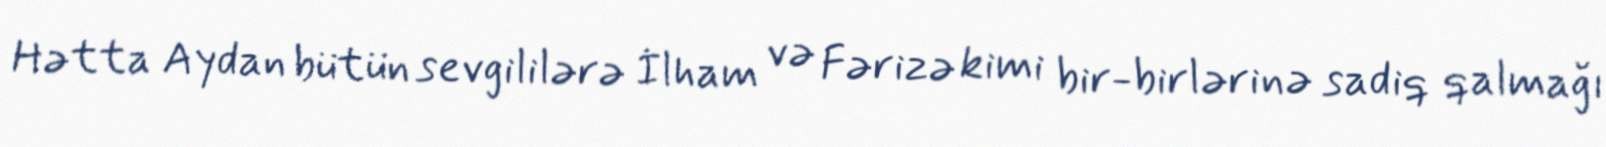
Hətta Aydan bütün sevgililərə İlham və Fərizə kimi bir-birlərinə sadiq qalmağı